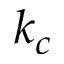
k _ { c }